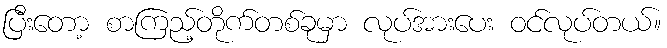
ပြီးတော့ စာကြည့်တိုက်တစ်ခုမှာ လုပ်အားပေး ဝင်လုပ်တယ်။